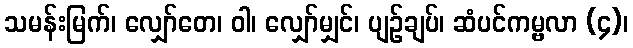
သမန်းမြက်၊ လျှော်တေ၊ ဝါ၊ လျှော်မျှင်၊ ပျဉ်ချပ်၊ ဆံပင်ကမ္ဗလာ (၄)၊